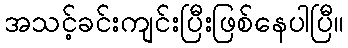
အသင့်ခင်းကျင်းပြီးဖြစ်နေပါပြီ။